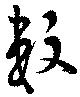
数